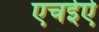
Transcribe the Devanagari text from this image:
एचईऐ